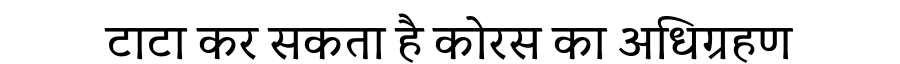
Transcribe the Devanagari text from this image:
टाटा कर सकता है कोरस का अधिग्रहण